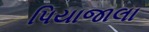
પિયાજાલા